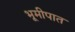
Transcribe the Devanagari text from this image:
भूमीपात